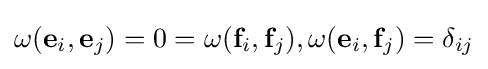
\omega ({\mathbf {e} }_{i},{\mathbf {e} }_{j})=0=\omega ({\mathbf {f} }_{i},{\mathbf {f} }_{j}),\omega ({\mathbf {e} }_{i},{\mathbf {f} }_{j})=\delta _{ij}